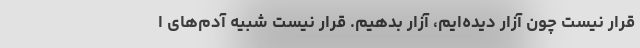
قرار نیست چون آزار دیده‌ایم، آزار بدهیم. قرار نیست شبیه آدم‌های ا